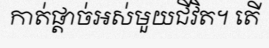
កាត់ផ្តាច់អស់មួយជីវិត។ តើ